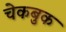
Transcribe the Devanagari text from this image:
चेकबुक